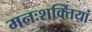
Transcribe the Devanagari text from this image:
मनःशक्तियां